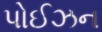
પોઈઝન